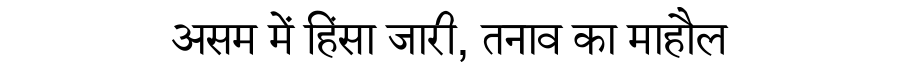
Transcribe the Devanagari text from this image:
असम में हिंसा जारी, तनाव का माहौल